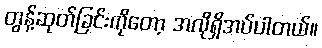
တွန့်ဆုတ်ခြင်းကိုတော့ အလိုရှိအပ်ပါတယ်။